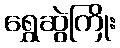
ရွှေဆွဲကြိုး